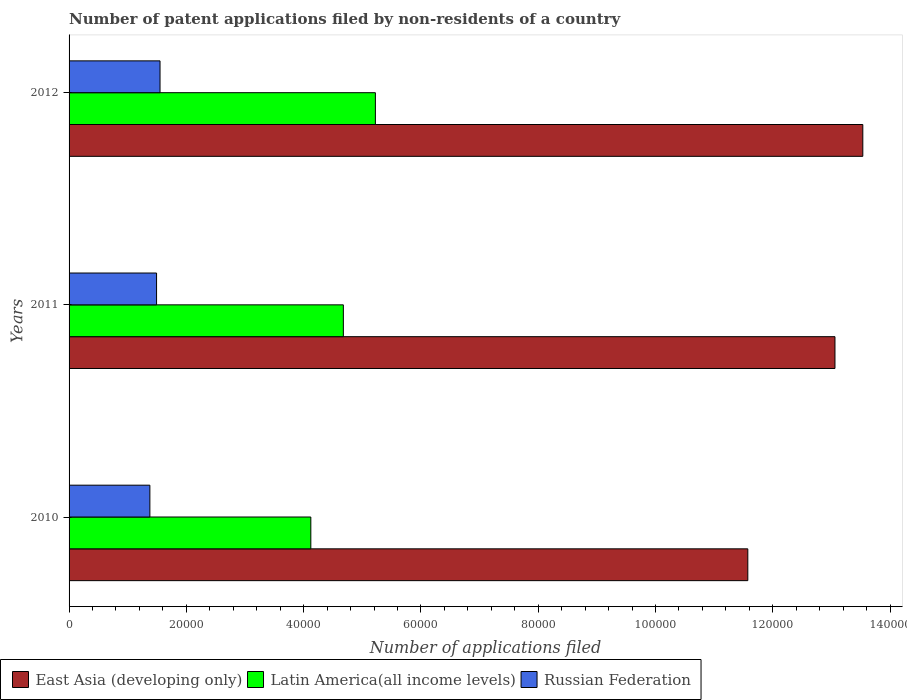
| Years | East Asia (developing only) | Latin America(all income levels) | Russian Federation |
 | --- | --- | --- | --- |
 | 2010 | 1.16e+05 | 4.12e+04 | 1.38e+04 |
 | 2011 | 1.31e+05 | 4.68e+04 | 1.49e+04 |
 | 2012 | 1.35e+05 | 5.22e+04 | 1.55e+04 |